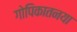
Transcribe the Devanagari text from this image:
गोपिकातनया